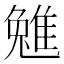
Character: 𨿮